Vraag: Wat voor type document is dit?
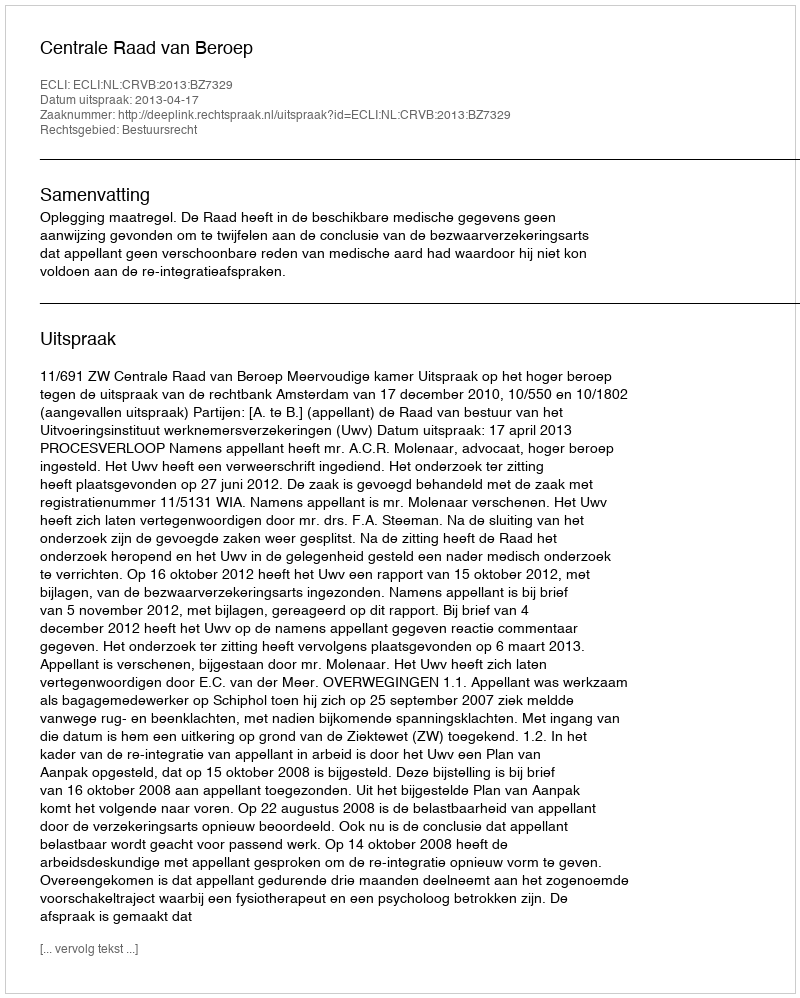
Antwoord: Uitspraak